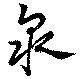
泉